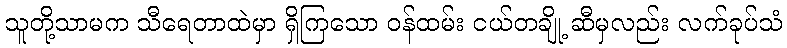
သူတို့သာမက သီရေတာထဲမှာ ရှိကြသော ဝန်ထမ်း ငယ်တချို့ ဆီမှလည်း လက်ခုပ်သံ